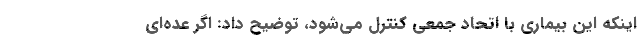
اینکه این بیماری با اتحاد جمعی کنترل می‌شود، توضیح داد: اگر عده‌ای